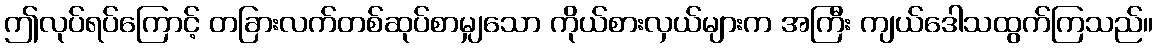
ဤလုပ်ရပ်ကြောင့် တခြားလက်တစ်ဆုပ်စာမျှသော ကိုယ်စားလှယ်များက အကြီး ကျယ်ဒေါသထွက်ကြသည်။